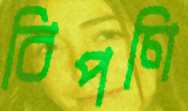
বিপণি